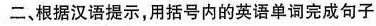
二、根据汉语提示,用括号内的英语单词完成句子